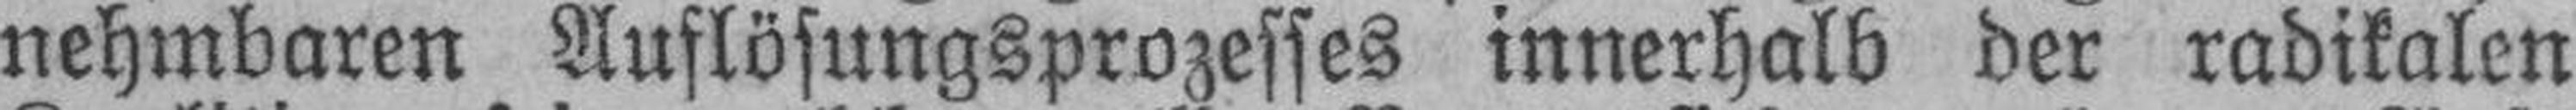
nehmbaren Auflösungsprozesses innerhalb der radikalen